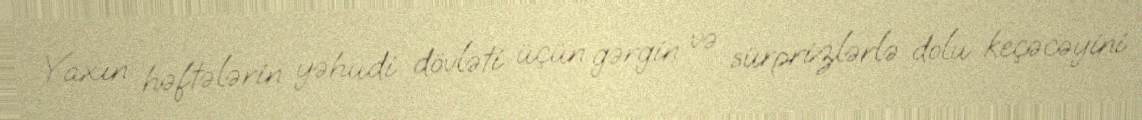
Yaxın həftələrin yəhudi dövləti üçün gərgin və sürprizlərlə dolu keçəcəyini